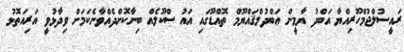
ރައީސުލްޖުމްހޫރިއްޔާ އަބްދު ޔާމީން ޢަބްދުލްޤައްޔޫމް ތޮއްޑޫގައި އައު ސްކޫލެއް ބިނާކޮށްދެއްވާނެކަމަށް ވިދާޅުވީ އަރިއަތޮޅު